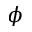
\phi